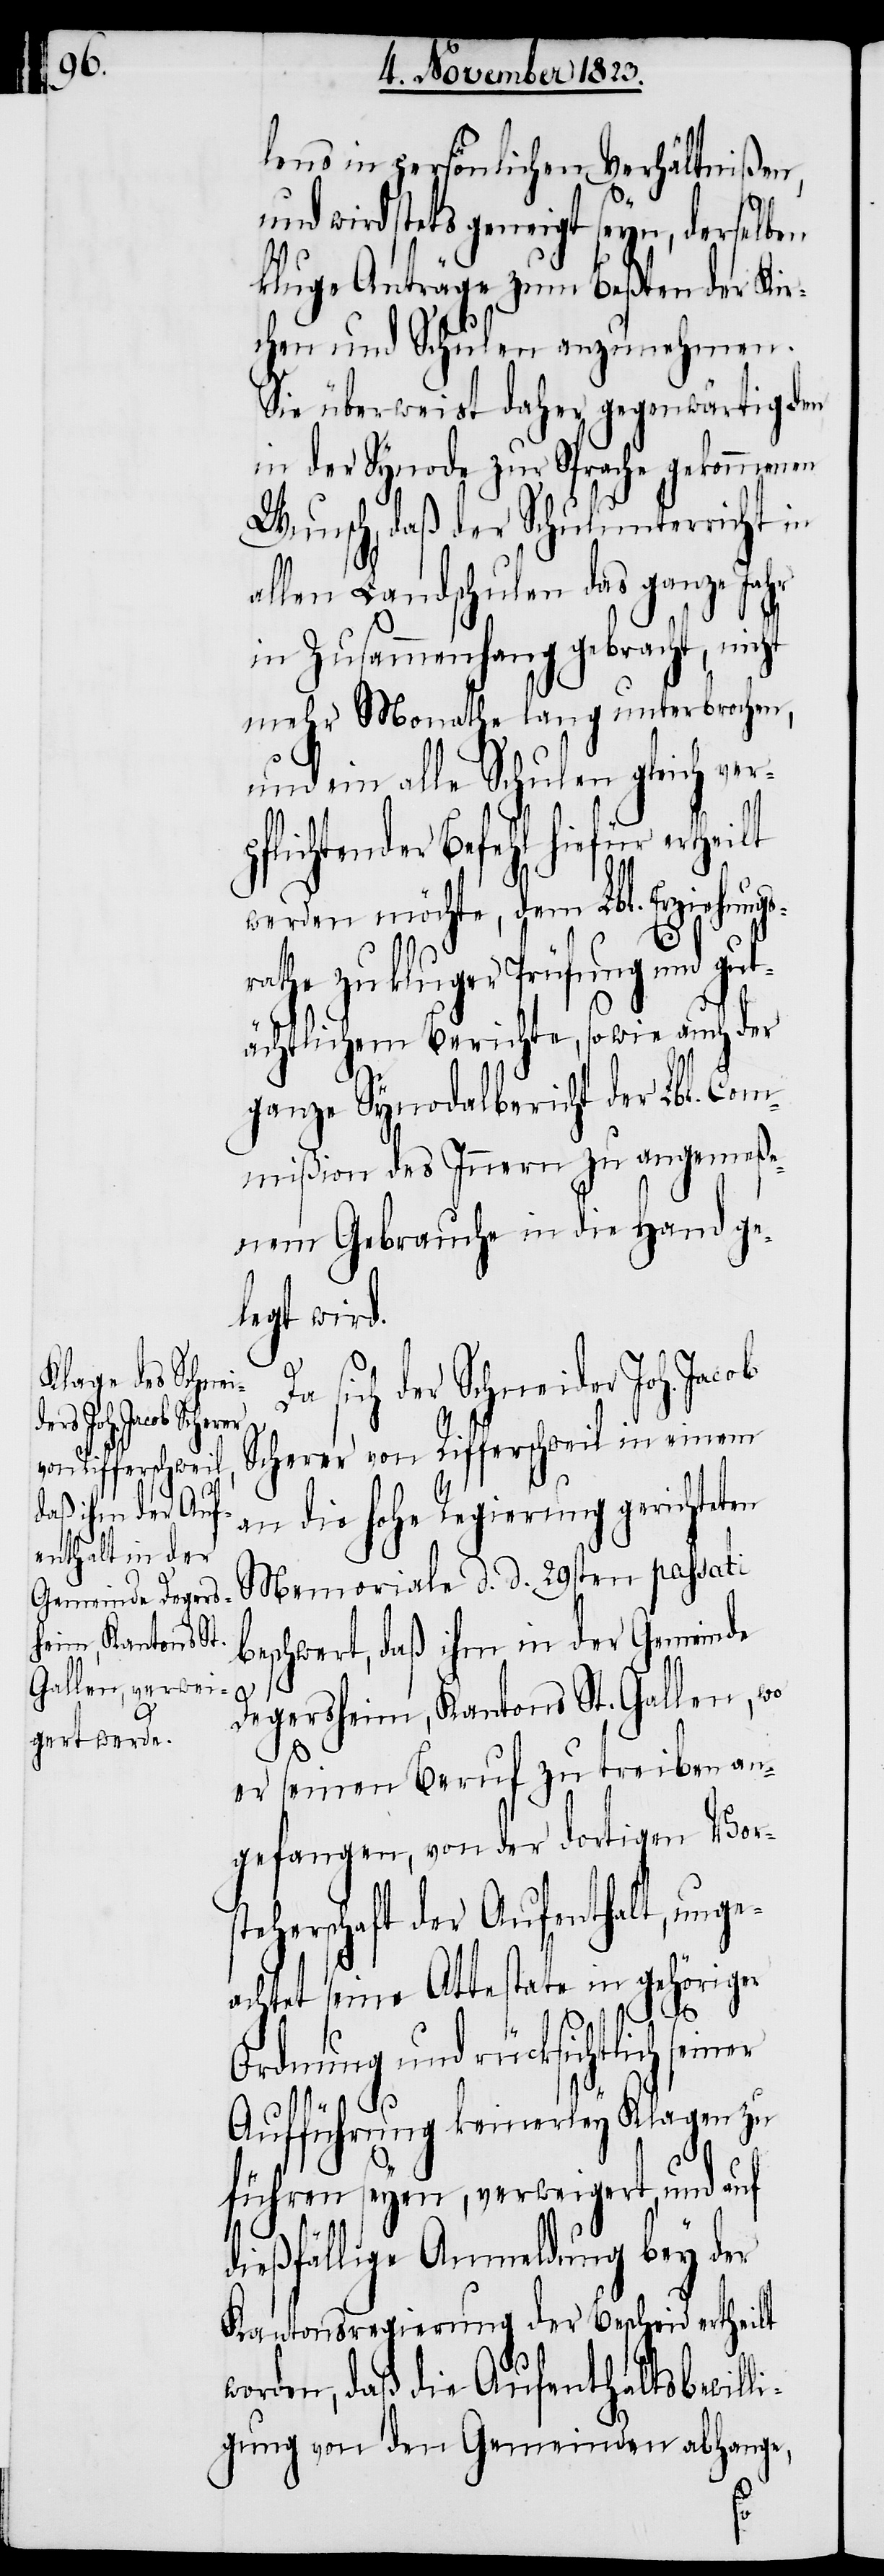
lens in persönlichen Verhältnißen,
und wird stets geneigt seyn, derselben
kluge Anträge zum Beßten der Kir¬
chen und Schulen anzunehmen.
Sie überweist daher gegenwärtig den
in der Synode zur Sprache gekommenen
Wunsch, daß der Schulunterricht in
allen Landschulen das ganze Jahr
in Zusammenhang gebracht, nicht
mehr Monathe lang unterbrochen,
und ein alle Schulen gleich ver¬
pflichtender Befehl hiefür ertheilt
werden möchte, dem Lbl. Erziehungs¬
rathe zu kluger Prüfung und gut¬
ächtlichem Berichte, sowie auch der
ganze Synodalbericht der Lbl. Com¬
mißion des Innern zu angemeße¬
nem Gebrauche in die Hand ge¬
legt wird.
sich der Schneider Joh. Jac¬
Scherer von Rifferschweil in einem
an die hohe Regierung gerichteten
Memoriale d. d. 29sten passati
beschwert, daß ihm in der Gemeinde
Degersheim, Kantons St. Gallen, wo
er seinen Beruf zu treiben an¬
gefangen, von der dortigen Vors¬
teherschaft der Aufenthalt, unge¬
achtet seine Attestate in gehöriger
ob
Ordnung und rücksichtlich seiner
Da
Aufführung keinerley Klagen zu
führen seyen, verweigert, und auf
dießfällige Anmeldung bey der
Kantonsregierung der Bescheid ertheilt
worden, daß die Aufenthaltsbewil¬
ligung von den Gemeinden abhange,